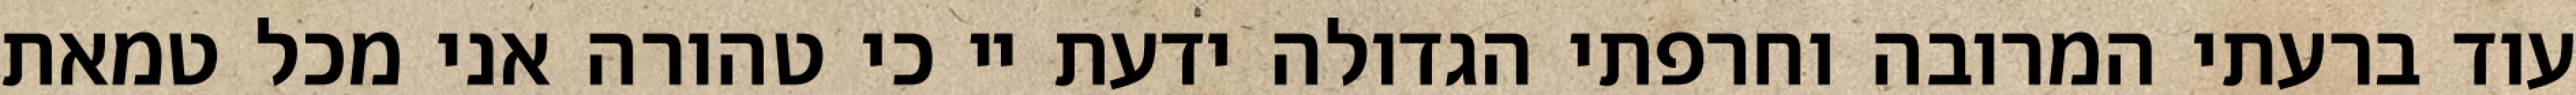
עוד ברעתי המרובה וחרפתי הגדולה ידעת יי כי טהורה אני מכל טמאת